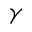
\gamma